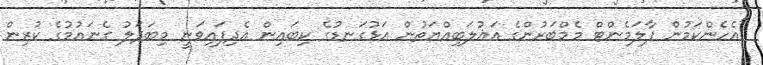
"އެހެންކަމުން ޕާލަމެންޓް މެމްބަރުންގެ އަޣުލަބިއްޔަތުން އަޅުގަނޑުގެ ކިބައިން އެދިފައިވަނީ މިބަދަލު ގެނައުމުގެ ކުރިން